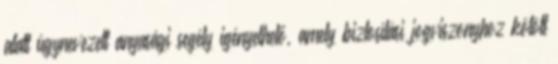
alatt úgynevezett anyasági segély igényelhető, amely biztosítási jogviszonyhoz kötött